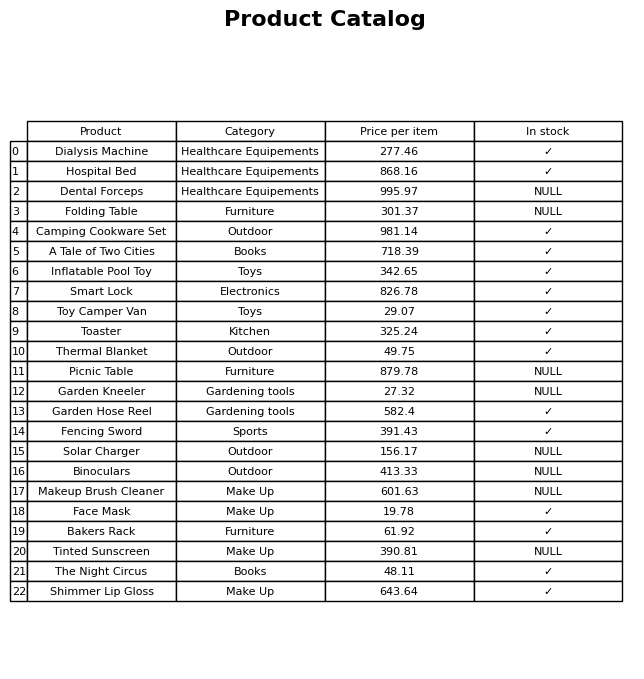
question: What is the price for Thermal Blanket?
answer: The price of Thermal Blanket is 49.75.